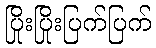
ပြိုးပြိုးပြက်ပြက်